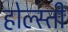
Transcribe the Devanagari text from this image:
होल्स्ती